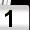
Digit: 1